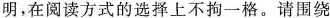
明，在阅读方式的选择上不拘一格。请围绕